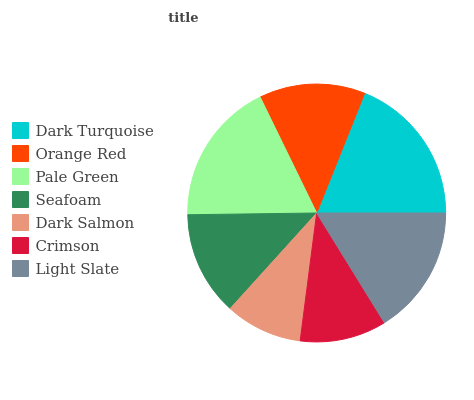
| Dark Turquoise | Orange Red | Pale Green | Seafoam | Dark Salmon | Crimson | Light Slate |
 | --- | --- | --- | --- | --- | --- | --- |
 | 18.9% | 13.3% | 18% | 13.1% | 9.66% | 10.8% | 16.2% |